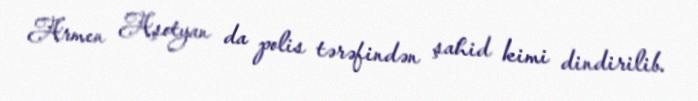
Armen Aşotyan da polis tərəfindən şahid kimi dindirilib.